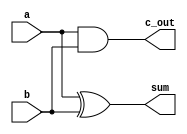
// using:    Icarus Verilog
// source:   $ git clone https://github.com/steveicarus/iverilog.git
// 4341.502

//---------------------------------------------------------------
//-----------------------------------------------------Half Adder

module Add_half (a, b,c_out,sum);
	
	input 	a,b;
	output 	c_out,sum;
	
	xor G1(sum, a, b);				// Gate instance names are optional xor denoted as a: ^
  	and G2(c_out, a, b);
endmodule


//---------------------------------------------------------------
//-----------------------------------------------------Full Adder

module Add_full (a,b,c_in,c_out,sum);	 
	
	input 	a,b,c_in;
	output 	c_out,sum;

	wire w1, w2, w3;				// w1 is c_out; w2 is sum
  	Add_half M1 (a, b, w1, w2);
  	Add_half M0 (w2, c_in, w3, sum);
  	or (c_out, w1, w3);				// or() xor() and() part of basic verilog library
endmodule


//---------------------------------------------------------------
//---------------------------------------------------Put Together SIXTEEN

module Add_rca_16 (a,b,c_in,c_out,sum);

	input [15:0] 	a,b;
	input		    c_in;
	output		    c_out;
	output [15:0]	sum;

							// Intermediate carries
	wire c_in1, c_in2, c_in3, c_in4, c_in5, c_in6, c_in7, c_in8, c_in9;
	wire c_in10, c_in11, c_in12, c_in13, c_in14, c_in15;
	
	wire input1, input2, input3, input4, input5, input6, input7, input8;
	wire input9, input10, input11, input12, input13, input14, input15, input16;
	
	xor(input1, c_in, b[0]);            		// xor B bits with M to third input into FULL-Adder
	xor(input2, c_in, b[1]);
	xor(input3, c_in, b[2]);
	xor(input4, c_in, b[3]);
	xor(input5, c_in, b[4]);            		
	xor(input6, c_in, b[5]);
	xor(input7, c_in, b[6]);
	xor(input8, c_in, b[7]);
	xor(input9, c_in, b[8]);            		
	xor(input10, c_in, b[9]);
	xor(input11, c_in, b[10]);
	xor(input12, c_in, b[11]);
	xor(input13, c_in, b[12]);            		
	xor(input14, c_in, b[13]);
	xor(input15, c_in, b[14]);
	xor(input16, c_in, b[15]);
	
  	Add_full M0 (a[0], input1, c_in,  c_in1, sum[0]);
  	Add_full M1 (a[1], input2, c_in1, c_in2, sum[1]);
  	Add_full M2 (a[2], input3, c_in2, c_in3, sum[2]);
  	Add_full M3 (a[3], input4, c_in3, c_in4, sum[3]);
	Add_full M4 (a[4], input5, c_in4, c_in5, sum[4]);
  	Add_full M5 (a[5], input6, c_in5, c_in6, sum[5]);
  	Add_full M6 (a[6], input7, c_in6, c_in7, sum[6]);
  	Add_full M7 (a[7], input8, c_in7, c_in8, sum[7]);
	Add_full M8 (a[8], input9, c_in8, c_in9, sum[8]);
  	Add_full M9 (a[9], input10, c_in9, c_in10, sum[9]);
  	Add_full M10 (a[10], input11, c_in10, c_in11, sum[10]);
  	Add_full M11 (a[11], input12, c_in11, c_in12, sum[11]);
	Add_full M12 (a[12], input13, c_in12, c_in13, sum[12]);
  	Add_full M13 (a[13], input14, c_in13, c_in14, sum[13]);
  	Add_full M14 (a[14], input15, c_in14, c_in15, sum[14]);
  	Add_full M15 (a[15], input16, c_in15, c_out, sum[15]);
endmodule

//----------------------------------------------------------------------
//------------------------------------------------------------------Main

module testbench();

 	//Registers act like local variables

 	reg [15:0] a; 	//4 Bits to store binary numbers 0-15
	reg [15:0] b;
	
	reg M;        // M value
  
 	wire  carry;		//A wire can hold the return of a function
	wire [15:0] sum;

  
	Add_rca_16 processAdd (a, b, M, carry, sum);
	Add_rca_16 processSub (a, b, M, carry, sum);
     
      
			                    //Initial means "start," like a Main() function.
	initial begin		        //Begin denotes the start of a block of code. ***begin = '{'	
   	  
   	a=2733;                       // must initialize variables INSIDE the "intital begin" block
	b=2732;
	
	M=0;
   	            
		                        //$display acts like a classic C printf command.
	$display ("|   A  |   B  |  M  |   Sum  |  Carry  |");
	$display ("|==+=+=+=+=+=+=+=+=+=+=+=+=+=+=+=+=+=+=|");


	#10                         // need a time delay BEFORE each $display that changes a variable variables
	$display ("| %1b | %1b |  %1d  |  %1b  |     %1b   |",a,b,M,sum,carry);
    
    M=1;
    
	#10
	$display ("| %1b | %1b |  %1d  |  %1b  |     %1b   |",a,b,M,sum,carry);
    
    
    $finish;	                //A command, not unlike System.exit(0) in Java.
    end  		    	     	//End the code block of the main (initial)
  
endmodule			//Close the testbench module